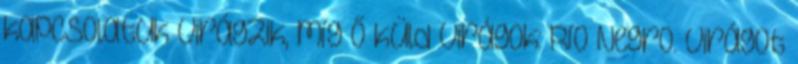
kapcsolatuk virágzik, míg ő küld virágok: Río Negro. Virágot